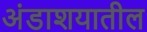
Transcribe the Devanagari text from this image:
अंडाशयातील